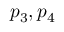
p _ { 3 } , p _ { 4 }